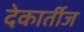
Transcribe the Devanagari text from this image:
देकार्तीज